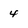
Character: 4